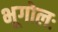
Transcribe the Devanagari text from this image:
भूगोलः